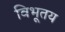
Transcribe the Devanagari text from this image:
विभूतय